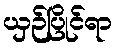
ယှဉ်ပြိုင်ရာ